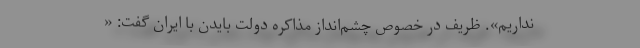
نداریم». ظریف در خصوص چشم‌انداز مذاکره دولت بایدن با ایران گفت: «